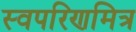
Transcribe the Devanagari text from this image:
स्वपरिणमित्र